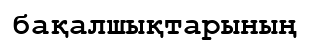
бақалшықтарының